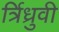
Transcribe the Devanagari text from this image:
र्त्रिध्रुवी